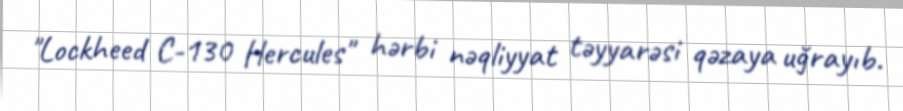
"Lockheed C-130 Hercules" hərbi nəqliyyat təyyarəsi qəzaya uğrayıb.